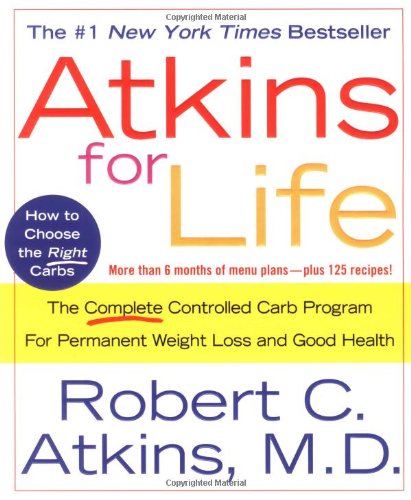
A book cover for Atkins for Life: The Complete Controlled Carb Program for Permanent Weight Loss and Good Health; Robert C. Atkins; Health, Fitness & Dieting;